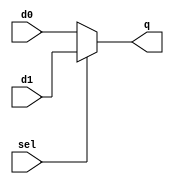
module Mux2x1(sel,d0,d1,q);

input [15:0] d0,d1;
input sel;
output [15:0] q;

wire sel;
wire [15:0] d0,d1;

assign q = (sel==1'b1)? d1:d0;
endmodule